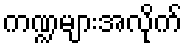
ကဏ္ဍများအလိုက်